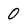
Character: 0